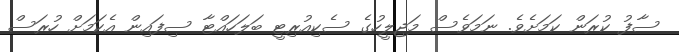
ސާފު ކުރަން ކަމަށެވެ. ނަމަވެސް މަޖިލީހުގެ ސެކިއުރިޓީ ބަލަހައްޓާ ސިފައިން އެކަމަށް ހުރަސް